Plague in India, 1896, 1897 - Volume 1
Year: 1896
Disease focus: Plague
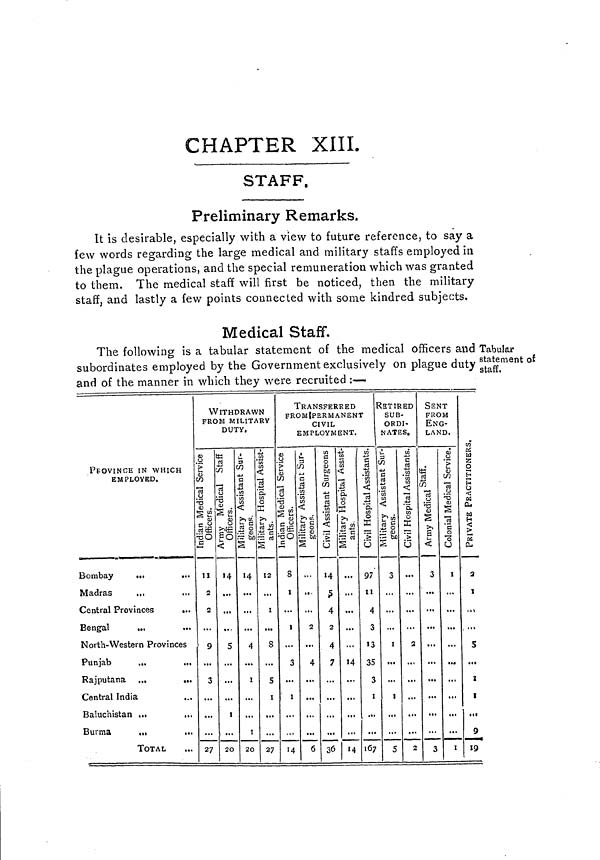
CHAPTER XIII.
STAFF.
Preliminary Remarks.
It is desirable, especially with a view to future reference, to say a
few words regarding the large medical and military staffs employed in
the plague operations, and the special remuneration which was granted
to them. The medical staff will first be noticed, then the military
staff, and lastly a few points connected with some kindred subjects.
Medical Staff.
Tabular
statement of
staff,
The following is a tabular statement of the medical officers and
subordinates employed by the Government exclusively on plague duty
and of the manner in which they were recruited :—
PEOVINCE IN WHICH
EMPLOYED.
Bombay
...
...
Madras
Central Provinces
...
North-Western Provinces
Rajputana ...
...
Central India
,
Baluchistan ...
...
Burma
...
TOTAL
WITHDRAWN
FROM MILITARY
DUTY.
11
2
2
9
3
...
27
14
...
5
...
1
...
20
14
...
4
1
1
20
12
1
8
5
1
27
TRANSFERRED
FROM PERMANENT
CIVIL
EMPLOYMENT.
8
...
1
...
3
1
14
...
...
2
...
4
...
6
14
5
4
2
4
7
...
36
...
...
...
...
...
14
...
14
97
11
4
3
13
35
3
1
167
RETIRED
SUB-
ORDI-
NATES.
3
1
1
5
...
2
...
2
SENT
FROM
ENG-
LAND.
3
...
...
3
I
...
...
1
2
I
5
1
1
9
19